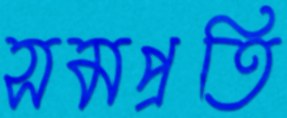
সমপ্রতি